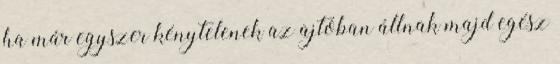
ha már egyszer kénytelenek az ajtóban állnak majd egész